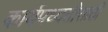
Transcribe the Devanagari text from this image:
कार्यपध्दतीसाठी